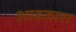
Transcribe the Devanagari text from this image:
आद्रकास